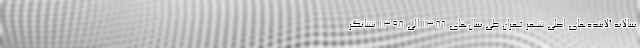
سالانه آلاینده‌های اصلی شهر تهران طی سال‌های ۱۳۸۶ الی ۱۳۹۸ نشانگر